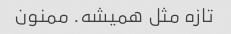
تازه مثل همیشه. ممنون